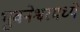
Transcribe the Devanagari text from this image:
भुवनेश्वरमध्ये